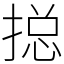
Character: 搃